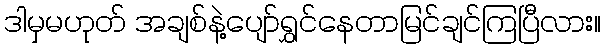
ဒါမှမဟုတ် အချစ်နဲ့ပျော်ရွှင်နေတာမြင်ချင်ကြပြီလား။